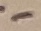
Text: -